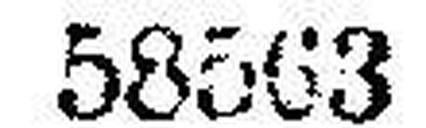
58563